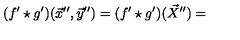
( f ^ { \prime } \star g ^ { \prime } ) ( \vec { x } ^ { \prime \prime } , \vec { y } ^ { \prime \prime } ) = ( f ^ { \prime } \star g ^ { \prime } ) ( \vec { X } ^ { \prime \prime } ) =